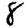
Digit: 8